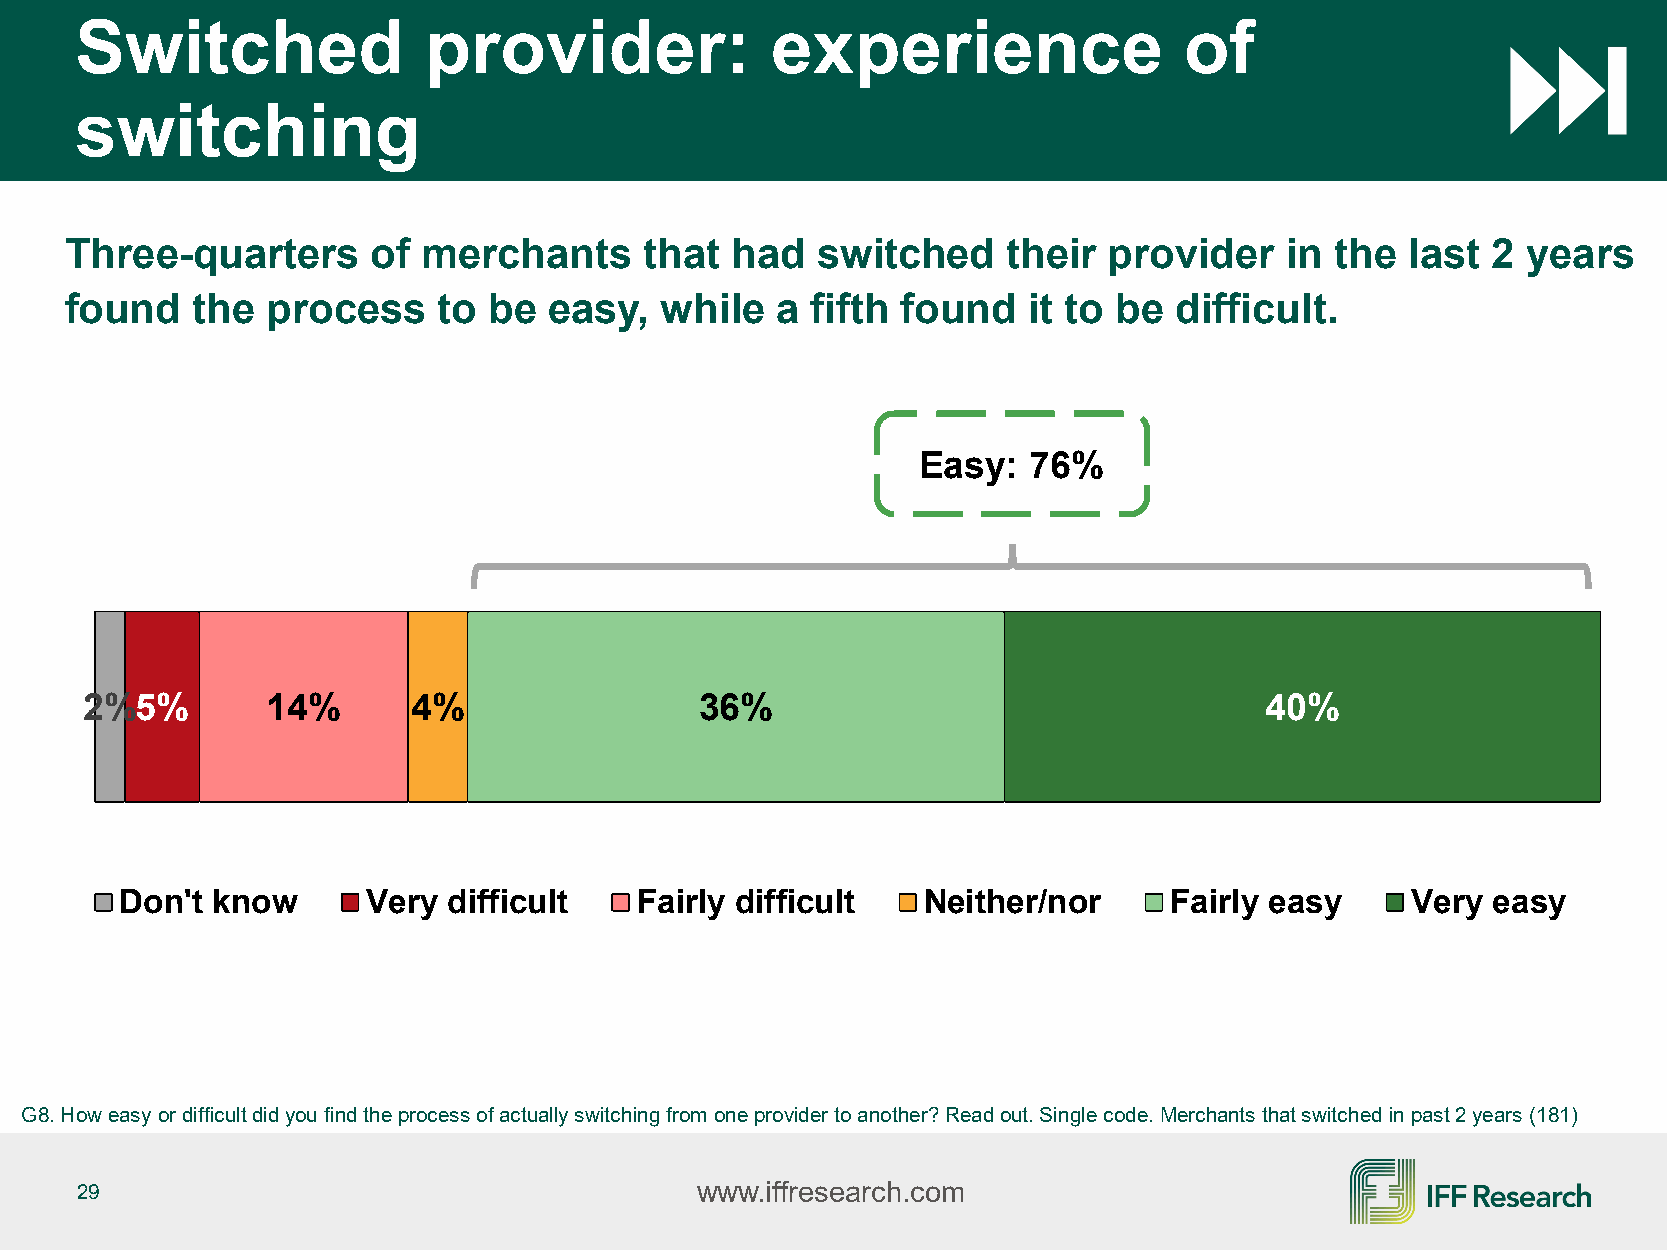
Switched               provider:              experience                 of
 switching
 Three-quarters       of merchants      that had   switched     their provider    in the  last  2 years
 found    the  process    to be  easy,   while  a  fifth found   it to be  difficult.
 Easy:  76%
 2%5%         14%      4%                 36%                                   40%
 Don't know      Very  difficult   Fairly difficult   Neither/nor     Fairly easy     Very  easy
 G8. How easy or difficult did you find the process of actually switching from one provider to another? Read out. Single code.Merchants that switched in past 2 years (181)
 29                                       www.iffresearch.com